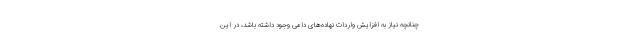
چنانچه نیاز به افزایش واردات نهاده‌های دامی وجود داشته باشد، در این